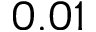
0 . 0 1